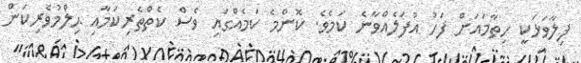
ފިލާވަޅަކީ ހިތާމައަށް ފަހު އުފަލެއްވާނެ ކަމެވެ. ކޮންމެ ކަމެއްގައި ވެސް ކެތްތެރިކަމާއި ޙިލްމުވެރިކަން